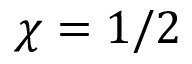
\chi = 1 / 2